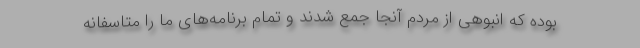
بوده که انبوهی از مردم آنجا جمع شدند و تمام برنامه‌های ما را متاسفانه